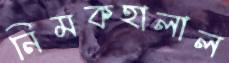
নিমকহালাল